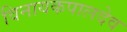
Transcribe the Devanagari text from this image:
विनायकपालदेव